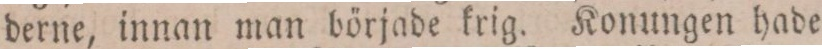
derne, innan man började krig. Konungen hade